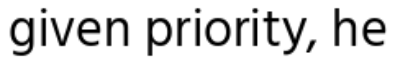
given priority, he